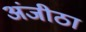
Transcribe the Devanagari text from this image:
अंजीठा